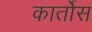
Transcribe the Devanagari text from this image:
कार्तोस